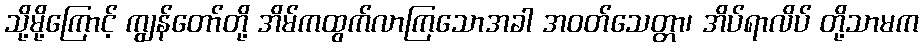
သို့မို့ကြောင့် ကျွန်တော်တို့ အိမ်ကထွက်လာကြသောအခါ အဝတ်သေတ္တာ၊ အိပ်ရာလိပ် တို့သာမက